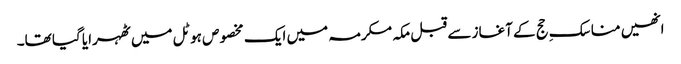
انھیں مناسکِ حج کے آغاز سے قبل مکہ مکرمہ میں ایک مخصوص ہوٹل میں ٹھہرایا گیا تھا۔